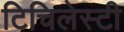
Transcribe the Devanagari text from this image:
टिचिलेस्टी